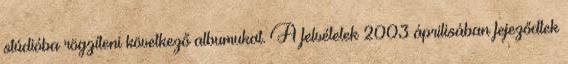
stúdióba rögzíteni következő albumukat. A felvételek 2003 áprilisában fejeződtek